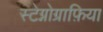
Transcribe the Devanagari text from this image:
स्टेग्नोग्राफ़िया